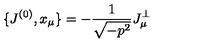
\{ J ^ { ( 0 ) } , x _ { \mu } \} = - \frac { 1 } { \sqrt { - p ^ { 2 } } } J _ { \mu } ^ { \bot }